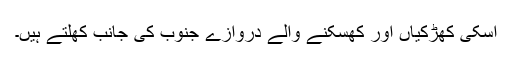
اسکی کھڑکیاں اور کھسکنے والے دروازے جنوب کی جانب کھلتے ہیں۔